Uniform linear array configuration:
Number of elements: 16
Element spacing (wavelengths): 0.25
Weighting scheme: cosine
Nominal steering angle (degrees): -15
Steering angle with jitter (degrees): -15.208
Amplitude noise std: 0.05
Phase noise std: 0.05

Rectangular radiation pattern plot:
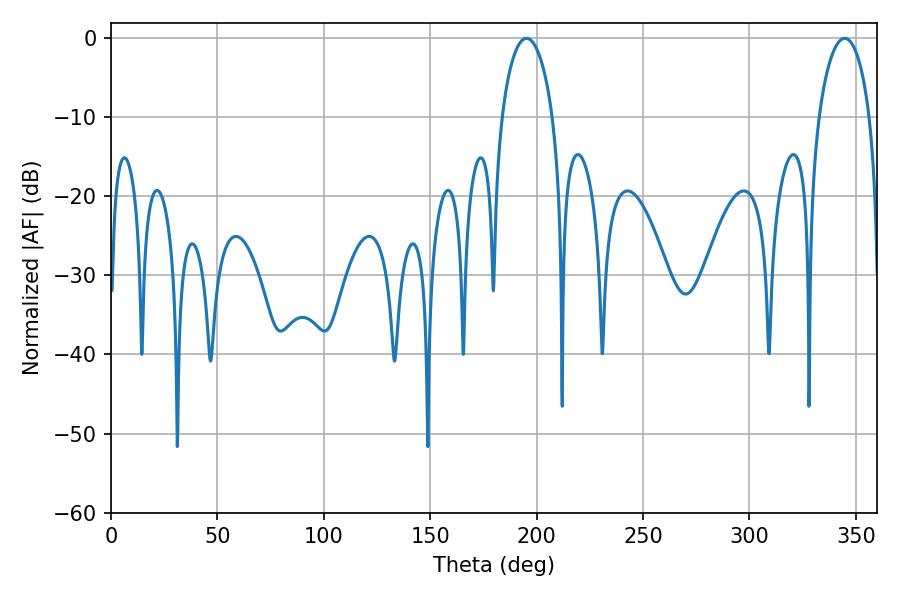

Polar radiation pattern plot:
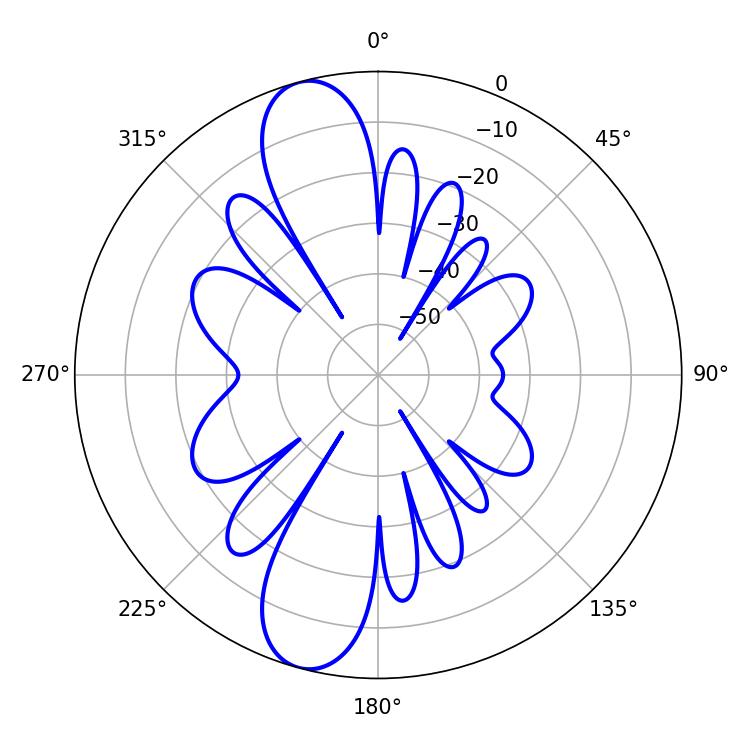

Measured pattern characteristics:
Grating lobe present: FALSE
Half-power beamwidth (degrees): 13.68
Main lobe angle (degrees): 344.7